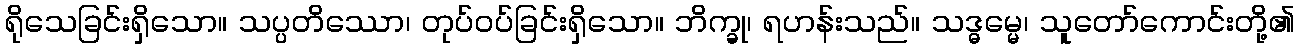
ရိုသေခြင်းရှိသော။ သပ္ပတိဿော၊ တုပ်ဝပ်ခြင်းရှိသော။ ဘိက္ခု၊ ရဟန်းသည်။ သဒ္ဓမ္မေ၊ သူတော်ကောင်းတို့၏